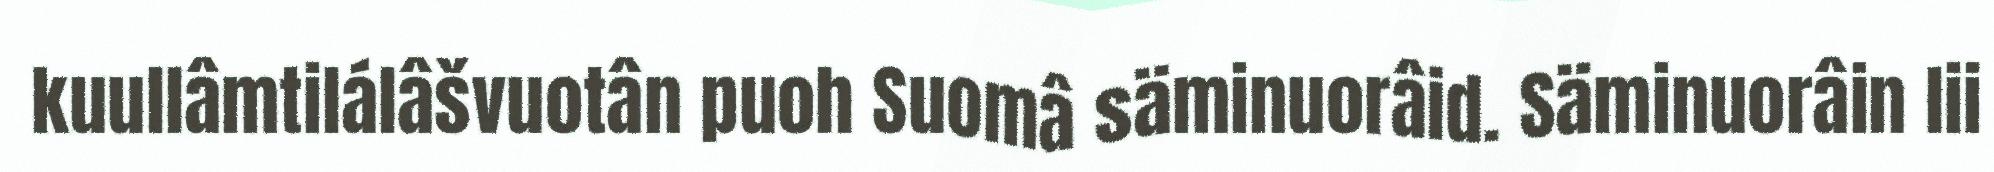
kuullâmtilálâšvuotân puoh Suomâ säminuorâid. Säminuorâin lii